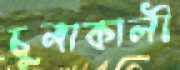
চুনাকালী